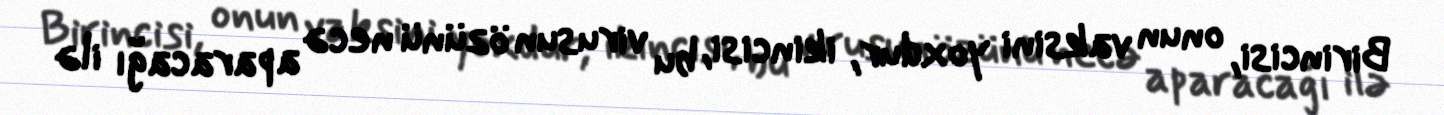
Birincisi, onun vaksini yoxdur, ikincisi, bu virusun özünü necə aparacağı ilə